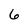
Character: 6